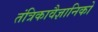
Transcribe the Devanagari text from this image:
तंत्रिकावैज्ञानिको